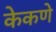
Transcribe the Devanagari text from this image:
केकणे